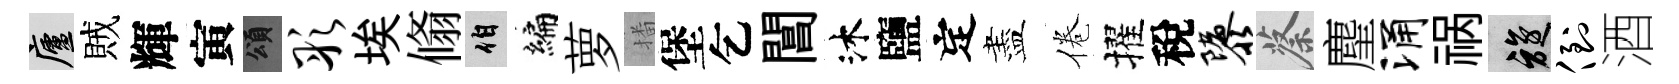
廬賊輝寅頌彤埃翛伯编萝播堡乞閶沐鹽定盡倦擢稅隳蔡麈涌祸旋倒酒